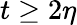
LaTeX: t\geq 2\eta